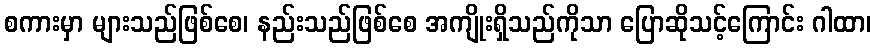
စကားမှာ များသည်ဖြစ်စေ၊ နည်းသည်ဖြစ်စေ အကျိုးရှိသည်ကိုသာ ပြောဆိုသင့်ကြောင်း ဂါထာ၊